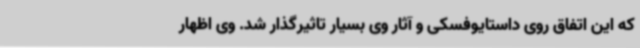
که این اتفاق روی داستایوفسکی و آثار وی بسیار تاثیرگذار شد. وی اظهار